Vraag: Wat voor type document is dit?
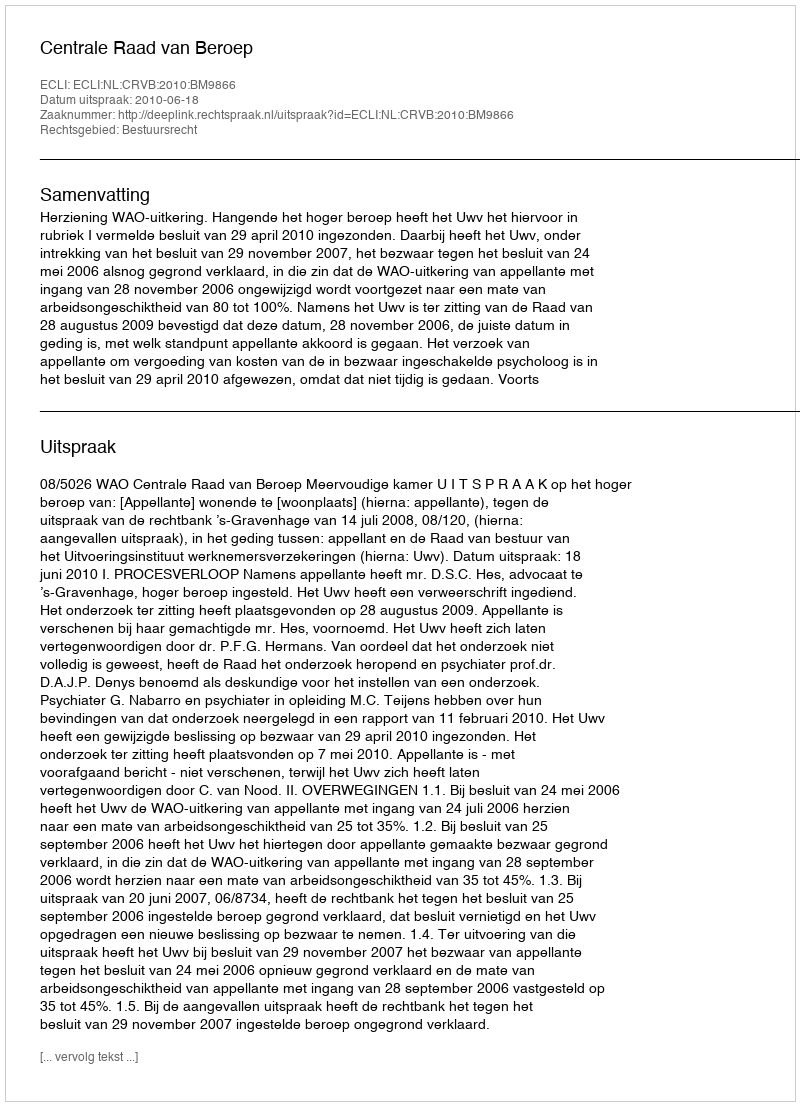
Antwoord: Uitspraak